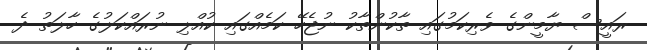
ރައީސް ޔާމީންގެ ވެރިކަމުގައި ތާކުންތާކު ނުޖެހޭ ކަމެއްގައި ކުއްލި ނުރައްކަލުގެ ހާލަތު ދެ